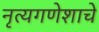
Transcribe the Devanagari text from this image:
नृत्यगणेशाचे